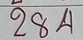
284